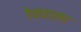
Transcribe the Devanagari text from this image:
रेट्याला